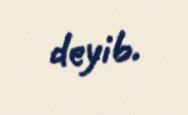
deyib.